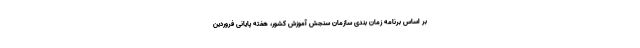
بر اساس برنامه زمان بندی سازمان سنجش آموزش کشور، هفته پایانی فروردین